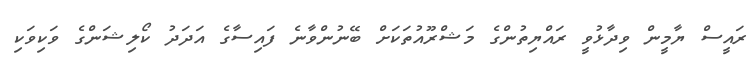
ރައީސް ޔާމީން ވިދާޅުވީ ރައްޔިތުންގެ މަޝްރޫއުތަކަށް ބޭނުންވާނެ ފައިސާގެ އަދަދު ކޯލިޝަންގެ ވަކިވަކި